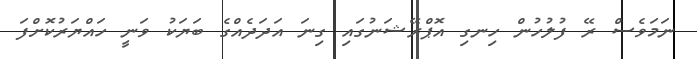
ނަމަވެސް ރޭ ފުލުހުން ހިނގި އޮޕްރޭޝަނުގައި ގިނަ އަދަދެއްގެ ބަޔަކު ވަނީ ހައްޔަރުކޮށްފަ